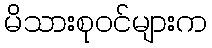
မိသားစုဝင်များက